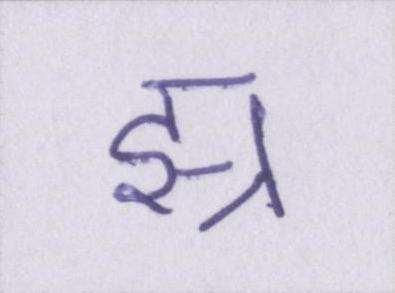
झ्र